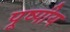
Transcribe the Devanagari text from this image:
पूष्पीय